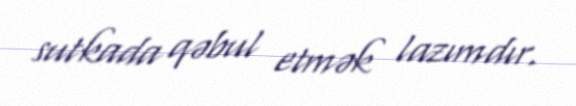
sutkada qəbul etmək lazımdır.